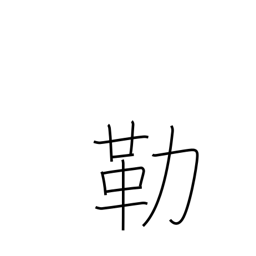
Meaning: halter and bit